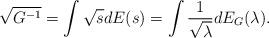
LaTeX: \begin{align*}\sqrt{G^{-1}} = \int \sqrt{s} dE(s) = \int \frac{1}{ \sqrt{\lambda} } dE_G (\lambda).\end{align*}